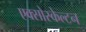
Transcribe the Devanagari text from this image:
एक्सोस्केल्टन